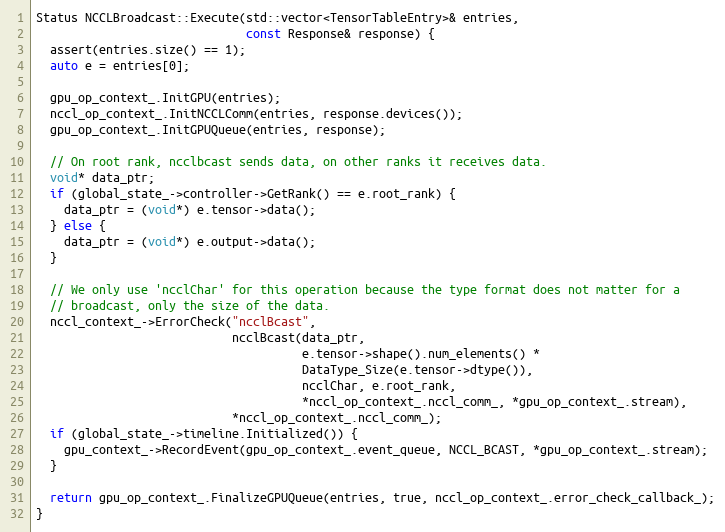
Language: C++
Status NCCLBroadcast::Execute(std::vector<TensorTableEntry>& entries,
                              const Response& response) {
  assert(entries.size() == 1);
  auto e = entries[0];

  gpu_op_context_.InitGPU(entries);
  nccl_op_context_.InitNCCLComm(entries, response.devices());
  gpu_op_context_.InitGPUQueue(entries, response);

  // On root rank, ncclbcast sends data, on other ranks it receives data.
  void* data_ptr;
  if (global_state_->controller->GetRank() == e.root_rank) {
    data_ptr = (void*) e.tensor->data();
  } else {
    data_ptr = (void*) e.output->data();
  }

  // We only use 'ncclChar' for this operation because the type format does not matter for a
  // broadcast, only the size of the data.
  nccl_context_->ErrorCheck("ncclBcast",
                            ncclBcast(data_ptr,
                                      e.tensor->shape().num_elements() *
                                      DataType_Size(e.tensor->dtype()),
                                      ncclChar, e.root_rank,
                                      *nccl_op_context_.nccl_comm_, *gpu_op_context_.stream),
                            *nccl_op_context_.nccl_comm_);
  if (global_state_->timeline.Initialized()) {
    gpu_context_->RecordEvent(gpu_op_context_.event_queue, NCCL_BCAST, *gpu_op_context_.stream);
  }

  return gpu_op_context_.FinalizeGPUQueue(entries, true, nccl_op_context_.error_check_callback_);
}